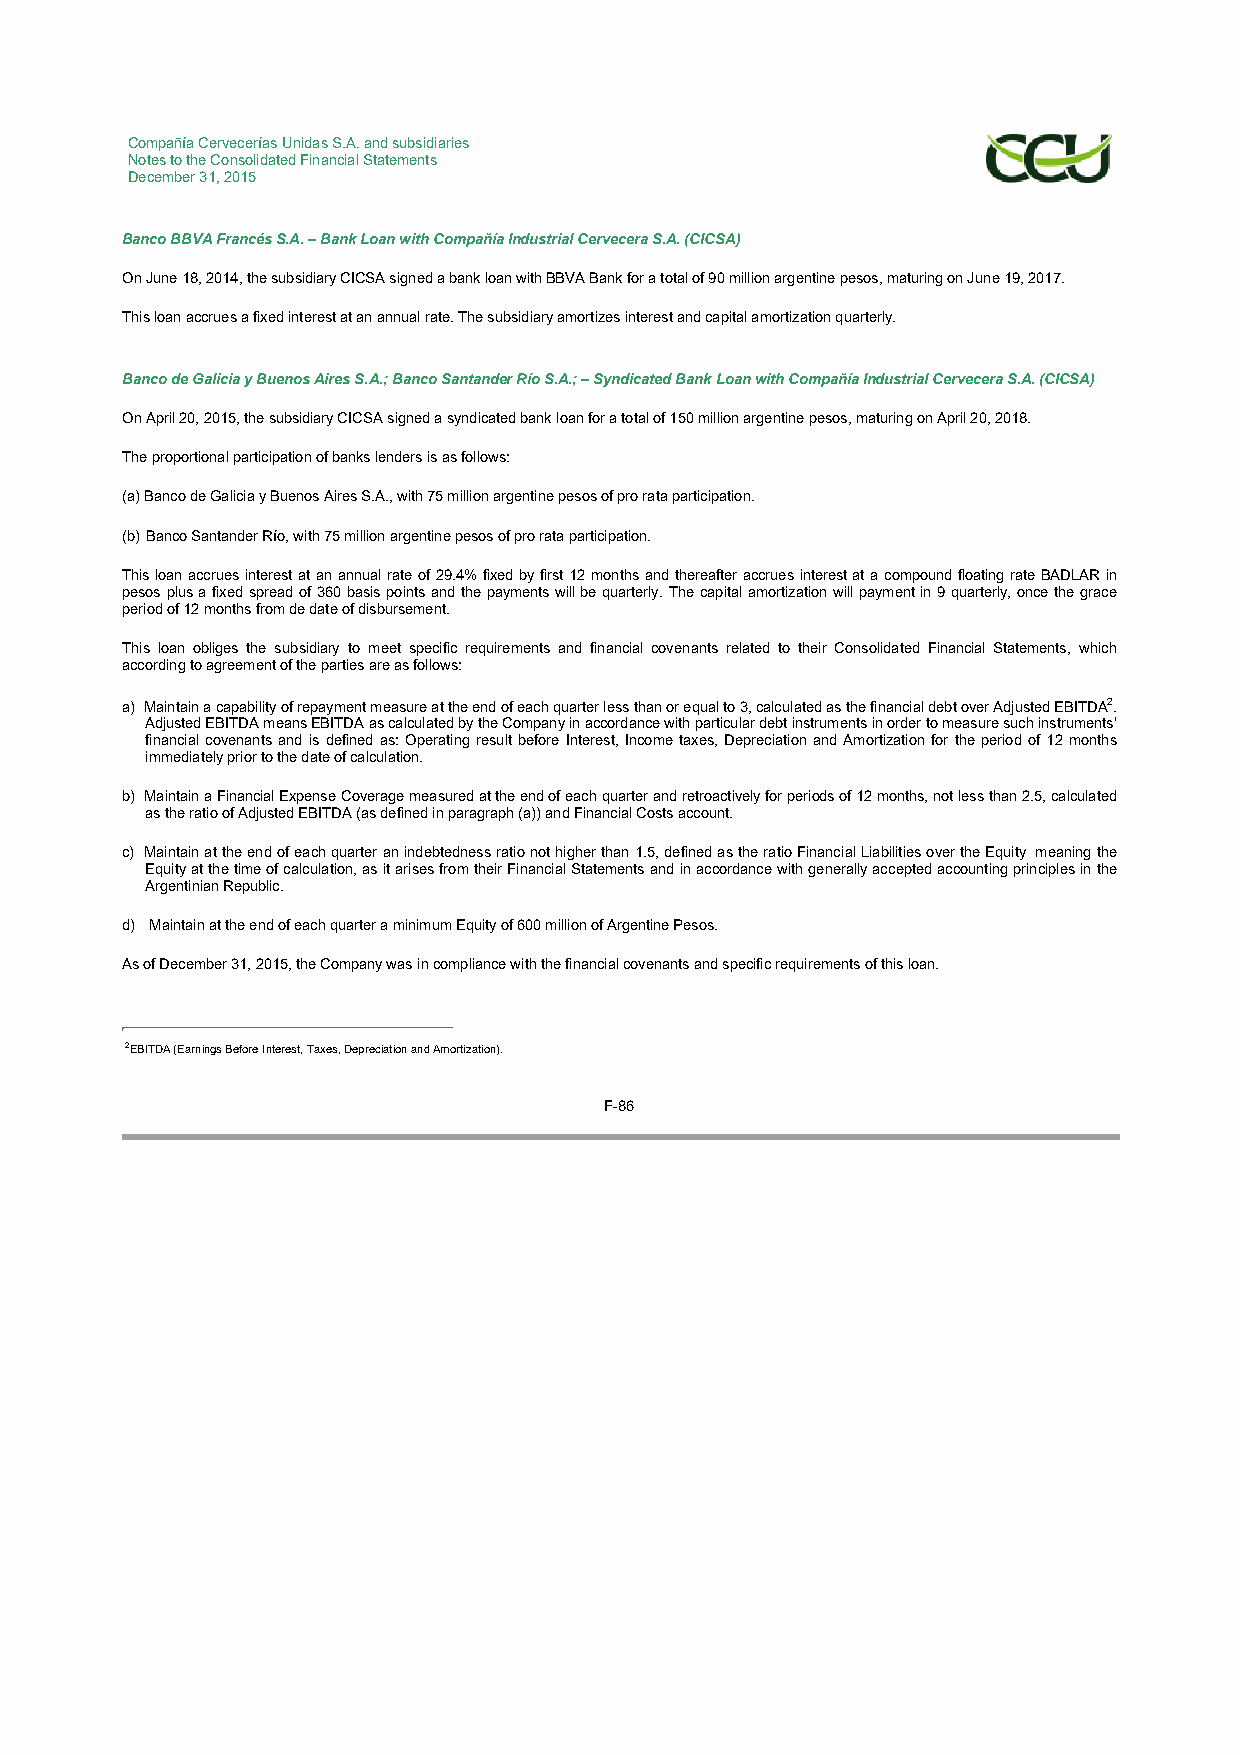
Compañía Cervecerías Unidas S.A. and subsidiaries
 Notes to the Consolidated Financial Statements
 December 31, 2015
 Banco BBVA Francés S.A. – Bank Loan with Compañía Industrial Cervecera S.A. (CICSA)
 On June 18, 2014, the subsidiary CICSA signed a bank loan with BBVA Bank for a total of 90 million argentine pesos, maturing on June 19, 2017.
 This loan accrues a fixed interest at an annual rate. The subsidiary amortizes interest and capital amortization quarterly.
 Banco de Galicia y Buenos Aires S.A.; Banco Santander Río S.A.; – Syndicated Bank Loan with Compañía Industrial Cervecera S.A. (CICSA)
 On April 20, 2015, the subsidiary CICSA signed a syndicated bank loan for a total of 150 million argentine pesos, maturing on April 20, 2018.
 The proportional participation of banks lenders is as follows:
 (a) Banco de Galicia y Buenos Aires S.A., with 75 million argentine pesos of pro rata participation.
 (b)Banco Santander Río, with 75 million argentine pesos of pro rata participation.
 This loan accrues interest at an annual rate of 29.4% fixed by first 12 months and thereafter accrues interest at a compound floating rate BADLAR in
 pesos plus a fixed spread of 360 basis points and the payments will be quarterly. The capital amortization will payment in 9 quarterly, once the grace
 period of 12 months from de date of disbursement.
 This loan obliges the subsidiary to meet specific requirements and financial covenants related to their Consolidated Financial Statements, which
 according to agreement of the parties are as follows:
 a) Maintain a capability of repayment measure at the end of each quarter less than or equal to 3, calculated as the financial debt over Adjusted EBITDA2.
 Adjusted EBITDA means EBITDA as calculated by the Company in accordance with particular debt instruments in order to measure such instruments’
 financial covenants and is defined as: Operating result before Interest, Income taxes, Depreciation and Amortization for the period of 12 months
 immediately prior to the date of calculation.
 b) Maintain a Financial Expense Coverage measured at the end of each quarter and retroactively for periods of 12 months, not less than 2.5, calculated
 as the ratio of Adjusted EBITDA (as defined in paragraph (a)) and Financial Costs account.
 c) Maintain at the end of each quarter an indebtedness ratio not higher than 1.5, defined as the ratio Financial Liabilities over the Equity meaning the
 Equity at the time of calculation, as it arises from their Financial Statements and in accordance with generally accepted accounting principles in the
 Argentinian Republic.
 d) Maintain at the end of each quarter a minimum Equity of 600 million of Argentine Pesos.
 As of December 31, 2015, the Company was in compliance with the financial covenants and specific requirements of this loan.
 2EBITDA (Earnings Before Interest, Taxes, Depreciation and Amortization).
 F-86